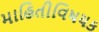
માહિતીવિષયક